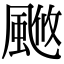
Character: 𩗚